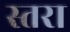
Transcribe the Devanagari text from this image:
स्तरा